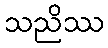
သညိဿ